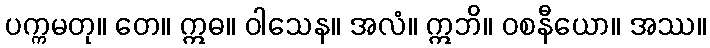
ပက္ကမတု။ တေ။ ဣဓ။ ဝါသေန။ အလံ။ ဣဘိ။ ဝစနီယော။ အဿ။